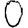
Digit: 0